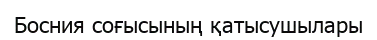
Босния соғысының қатысушылары